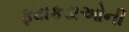
ફટાકડાઓની